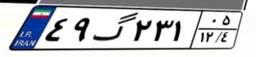
۴۹گ۲۳۱۰۵